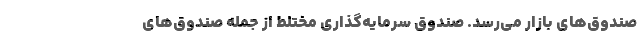
صندوق‌های بازار می‌رسد. صندوق سرمایه‌گذاری مختلط از جمله صندوق‌های